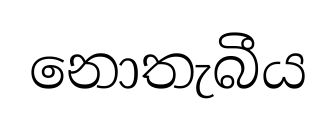
නොතැබීය